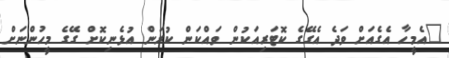
"އެމީހާ އެގެއަށް ވަދެ އެގޭގެ ކޮޓަރިއަކުން ވައްކަން ކުރަން އުޅެނިކޮށް ގޭގެ މީހުންނަށް